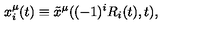
x _ { i } ^ { \mu } ( t ) \equiv \tilde { x } ^ { \mu } ( ( - 1 ) ^ { i } R _ { i } ( t ) , t ) ,